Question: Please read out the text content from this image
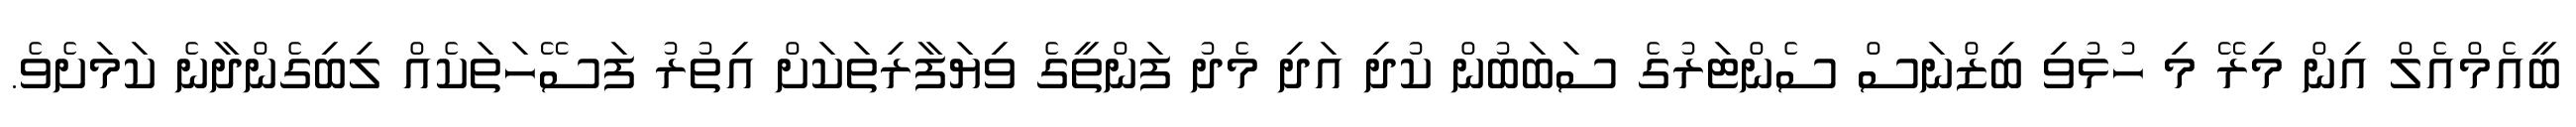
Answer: ބީއެމްއެލް އިން މިރޭ މި ހުޅުވި ބިޒްނަސް ސެންޓަރުގެ ސަބަބުން ކުދި އަދި މެދު ފަންތީގެ ވިޔަފާރިތަކަށް އިތުރު ފަސޭހަތަކެއް ލިބިގެންދާނެ ކަމަށެވެ.